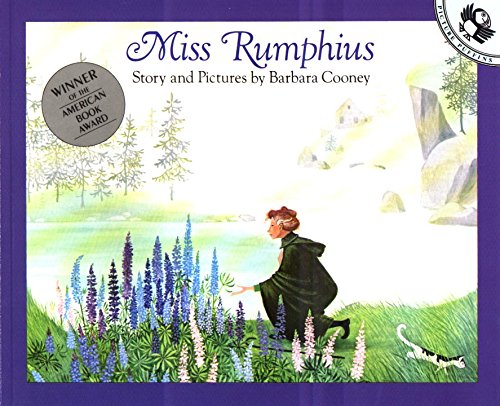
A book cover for Miss Rumphius; Barbara Cooney; Children's Books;